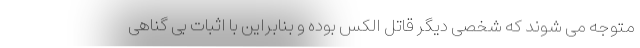
متوجه می شوند که شخصی دیگر قاتل الکس بوده و بنابراین با اثبات بی گناهی